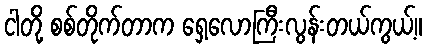
ငါတို့ စစ်တိုက်တာက ရှေ့လောကြီးလွန်းတယ်ကွယ့်။